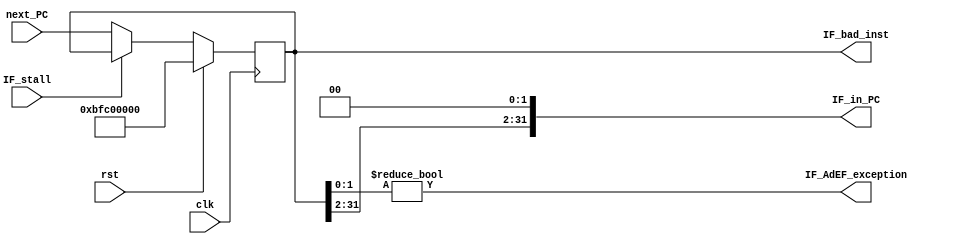
module IF(
	input         clk,
	input         rst,
	input         IF_stall,

	input  [31:0] next_PC,

	output [31:0] IF_in_PC,
	output        IF_AdEF_exception,
	output [31:0] IF_bad_inst
);
	reg    [31:0] reg_PC;
	always @(posedge clk) begin
		if (rst) begin
			reg_PC <= 32'hbfc00000;
		end else if (IF_stall) begin
		end else begin
			reg_PC <= next_PC;
		end
	end
	assign IF_in_PC = {reg_PC[31:2], 2'b00};
	assign IF_AdEF_exception = reg_PC[1:0] != 2'b00;
	assign IF_bad_inst = reg_PC;

endmodule